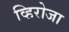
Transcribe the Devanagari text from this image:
व्हिरोजा